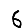
Digit: 6